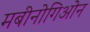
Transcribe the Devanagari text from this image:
मबीनोगिओन